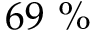
6 9 \ \%